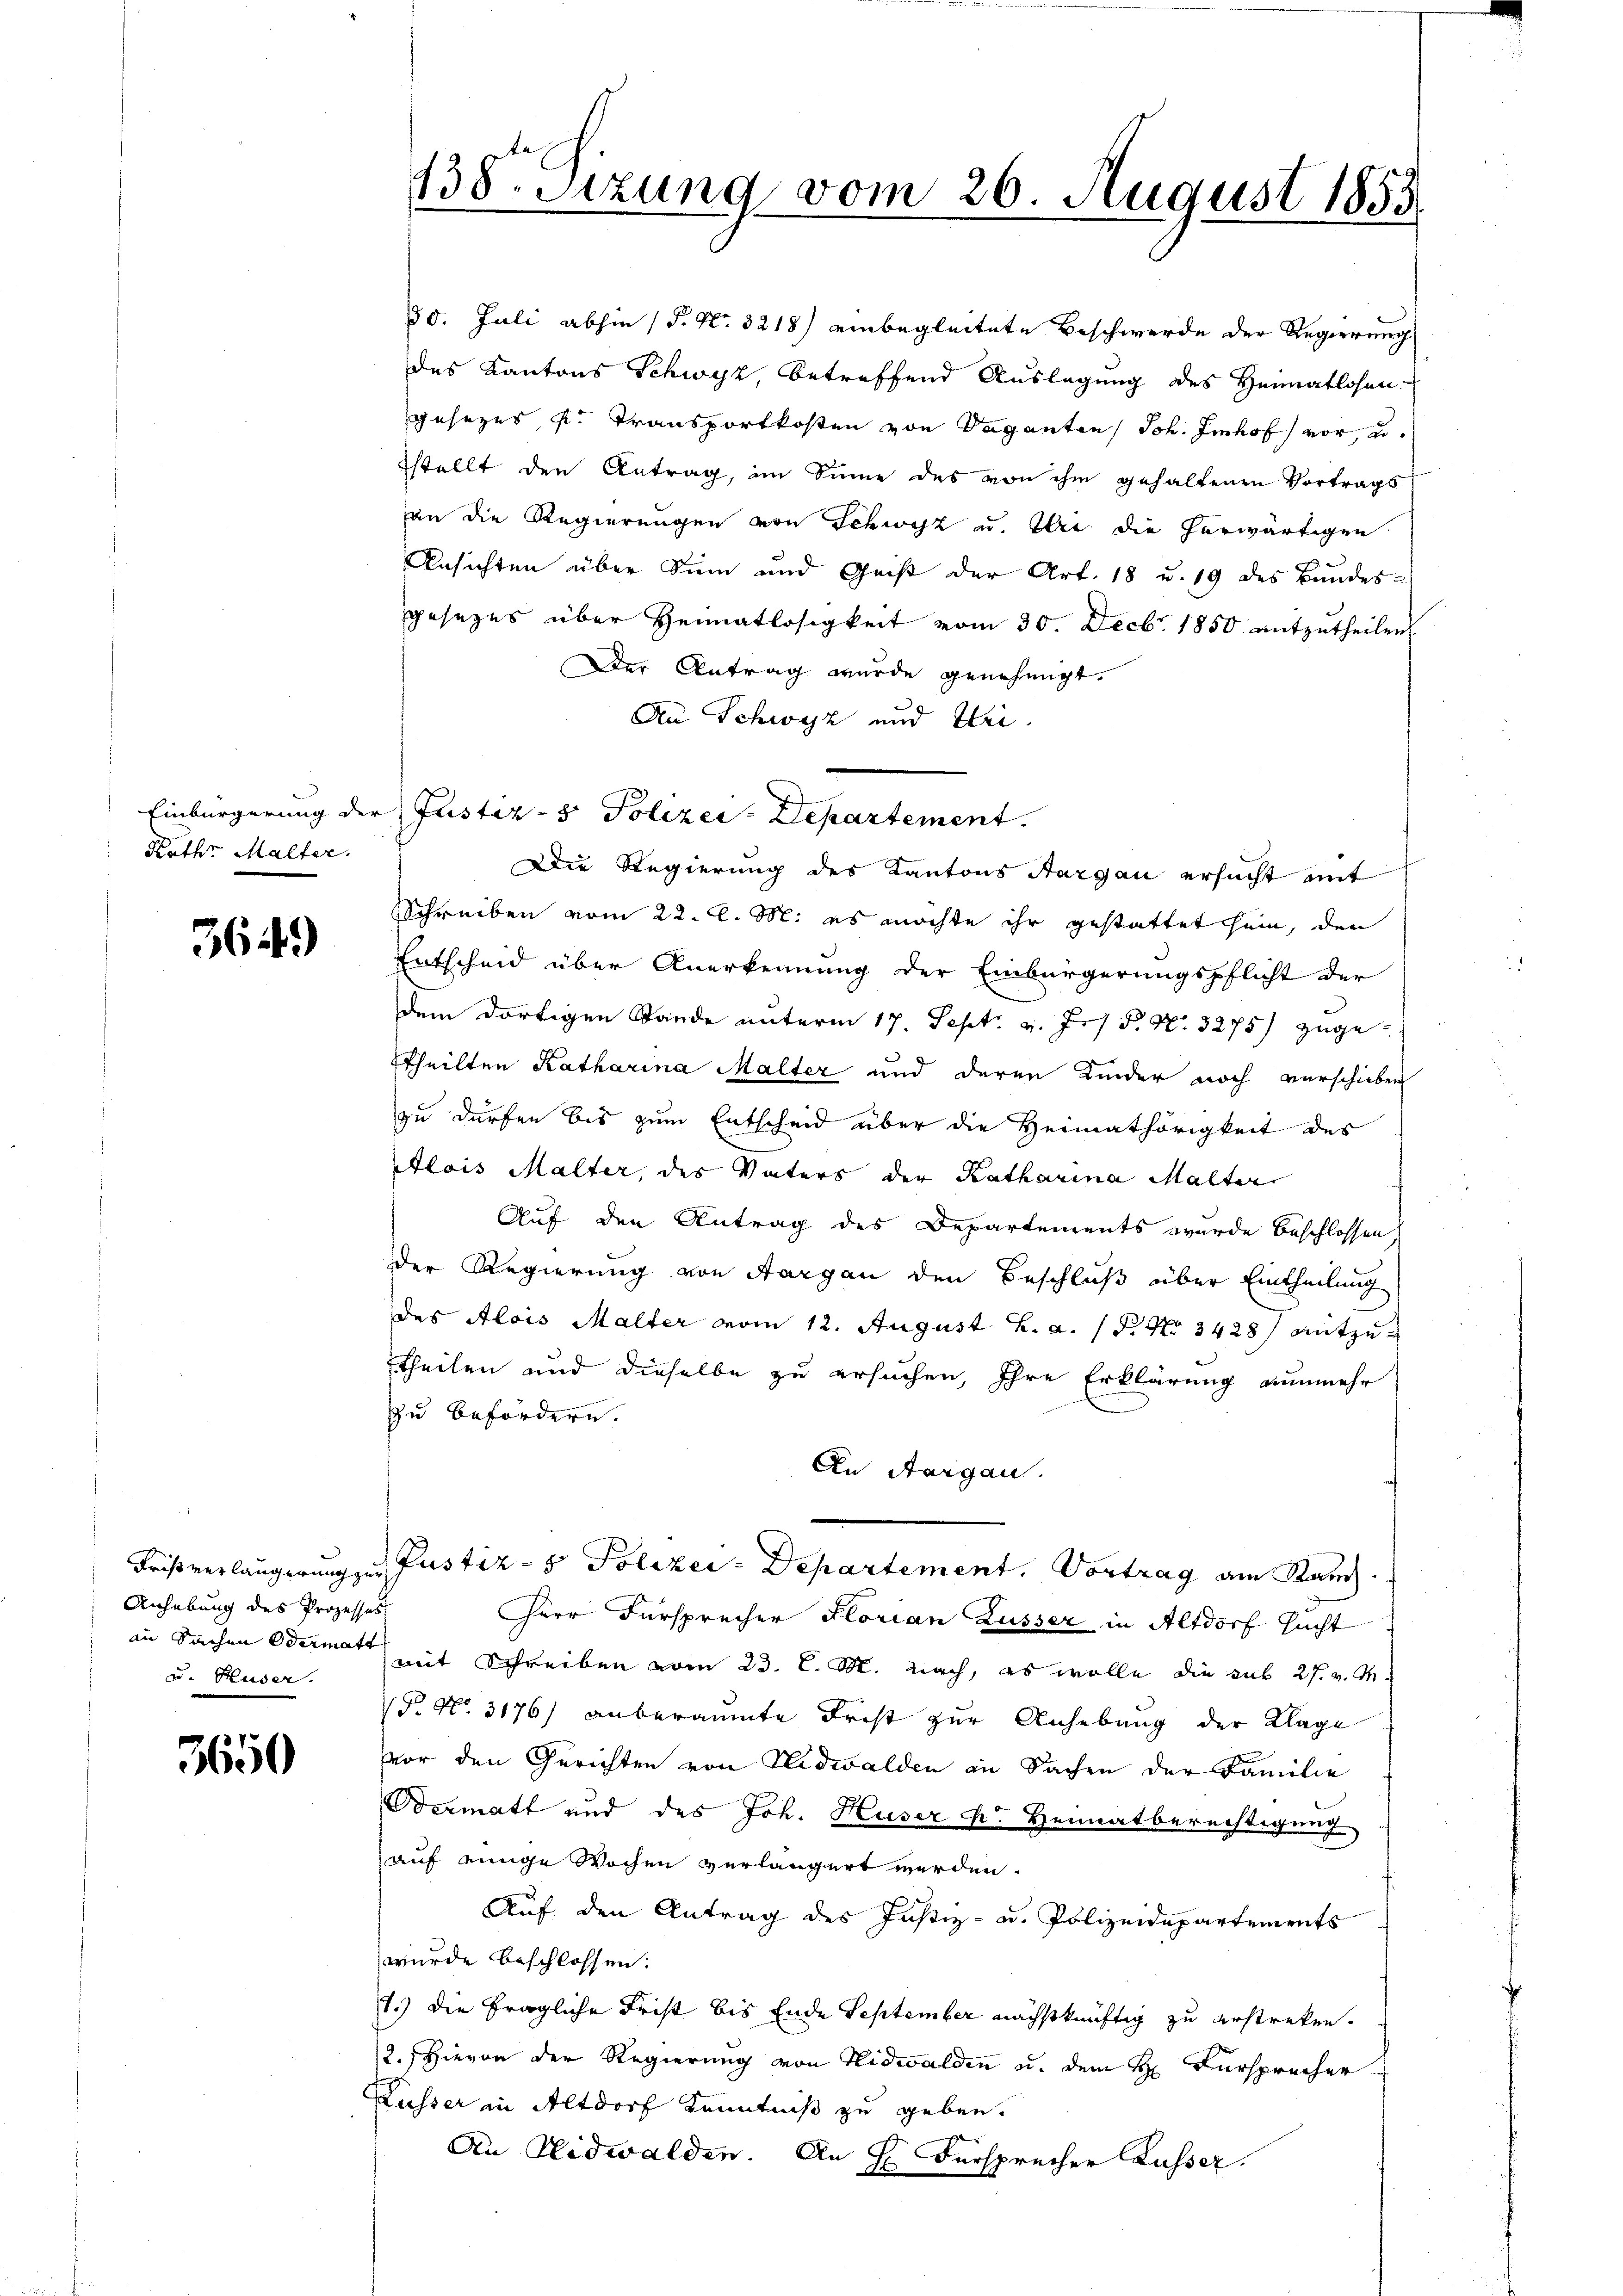
Rathe Malter.

364)

Anhebung des Prozessors
u. Huser.

3650

138. Sizung vom 26. August 1853.

30. Juli abhin (P. Nr. 3218) einbegleitete Beschwerde der Regierung
des Kantons Schwyz, betreffend Auslegung des Heimatlosen
gesezes, s. Transportkosten von Vaganten Joh. Imhof vor, u.
sstellt den Antrag, im Sinne des von ihm gehaltenen Vortrags
an die Regierungen von Schwyz u. Uri die herwärtigen
Ansichten über Sinn und Geist der Art. 18 u. 19 des Bundes-
gesezes über Heimatlosigkeit vom 30. Decbr. 1850 mitzutheilen.
Der Antrag wurde genehmigt.
An Schwyz und Klei¬
Die Regierung des Kantons Aargau ersucht mit
Schreiben vom 22. d. M: es möchte ihr gestattet sein, den
Entscheid über Anerkennung der Einbürgerungspflicht der
dem dortigen Stände unterm 17. Sept. v. Jos. P. N. 3275) zugettheilten Katharina Malter und deren Kinder noch verschieben
zu dürfen bis zum Entscheid über die Heimathörigkeit des
Alois Malter, des Vaters der Katharina Malter
Auf den Antrag des Departements wurde beschlossen.
der Regierung von Aargau den Beschluß über Eintheilung
des Alois Malter vom 12. August h. a. 1. No 3428) Nutzutheilen und dieselbe zu ersuchen, Ihre Erklärung nunmehr
zu befördern.
An Aargau.
Fristverlängerung zu Pustiz- & Polizei - Departement. Vortrag am Rauch
Herr Fürsprecher Florian Lusser in Altdorf sucht
an Sachen Odermat mit Schreiben vom 23. C. M. nach, es wolle die sub 27. v. M.
P. No. 3176) anberaumte Frist zur Anhebung der Klage
vor den Gerichten von Nidwalden in Sachen der Familie
Dermatt und des Joh. Huser K. Heimatberechtigung
auf einige Wochen verlängert werden.
Auf den Antrag des Justiz- u. Polizeidepartements
wurde beschlossen:
1.) Die fragliche Frist bis Ende September nächstkünftig zu erstreken.
2. Hievon der Regierung von Nidwalden u. dem H. Fürsprecher
Kusser in Altdorf Kenntniß zu geben.
An Nidwalden. An H. Fürsprecher Lusser.

Einbürgerung der Justiz- & Polizei-Departement.